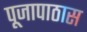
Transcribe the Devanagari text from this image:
पूजापाठास